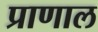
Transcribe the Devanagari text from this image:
प्राणाल